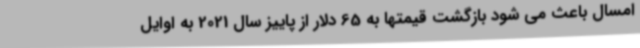
امسال باعث می شود بازگشت قیمتها به 65 دلار از پاییز سال 2021 به اوایل